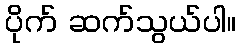
ပိုက် ဆက်သွယ်ပါ။